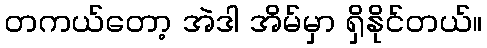
တကယ်တော့ အဲဒါ အိမ်မှာ ရှိနိုင်တယ်။